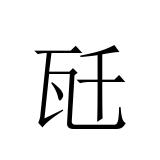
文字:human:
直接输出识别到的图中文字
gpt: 瓩